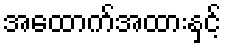
အထောက်အထားနှင့်